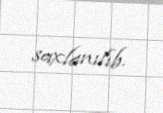
saxlanılıb.